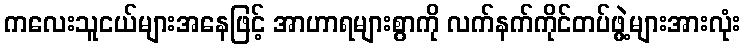
ကလေးသူငယ်များအနေဖြင့် အာဟာရများစွာကို လက်နက်ကိုင်တပ်ဖွဲ့များအားလုံး